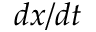
d x / d t